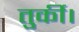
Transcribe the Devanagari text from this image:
तुर्की।